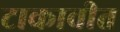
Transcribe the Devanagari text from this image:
टाकावीत